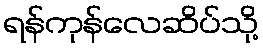
ရန်ကုန်လေဆိပ်သို့